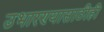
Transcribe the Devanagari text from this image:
उभारण्यासाठीही